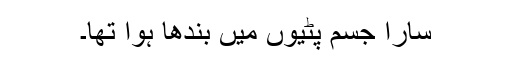
سارا جسم پٹیوں میں بندھا ہوا تھا۔